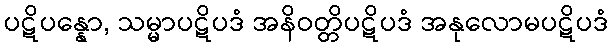
ပဋိပန္နော, သမ္မာပဋိပဒံ အနိဝတ္တိပဋိပဒံ အနုလောမပဋိပဒံ